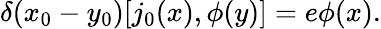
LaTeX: \delta(x_{0}-y_{0})[j_{0}(x),\phi(y)]=e\phi(x).